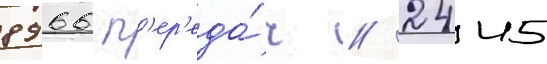
8966 п'ер'еда́ч / 2445